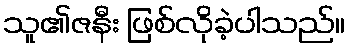
သူ၏ဇနီး ဖြစ်လိုခဲ့ပါသည်။